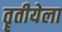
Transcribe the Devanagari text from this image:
तॄतीयेला